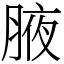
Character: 腋